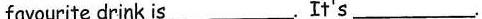
favourite drink is___.It's___.